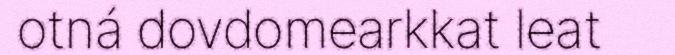
otná dovdomearkkat leat